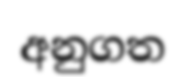
අනුගත